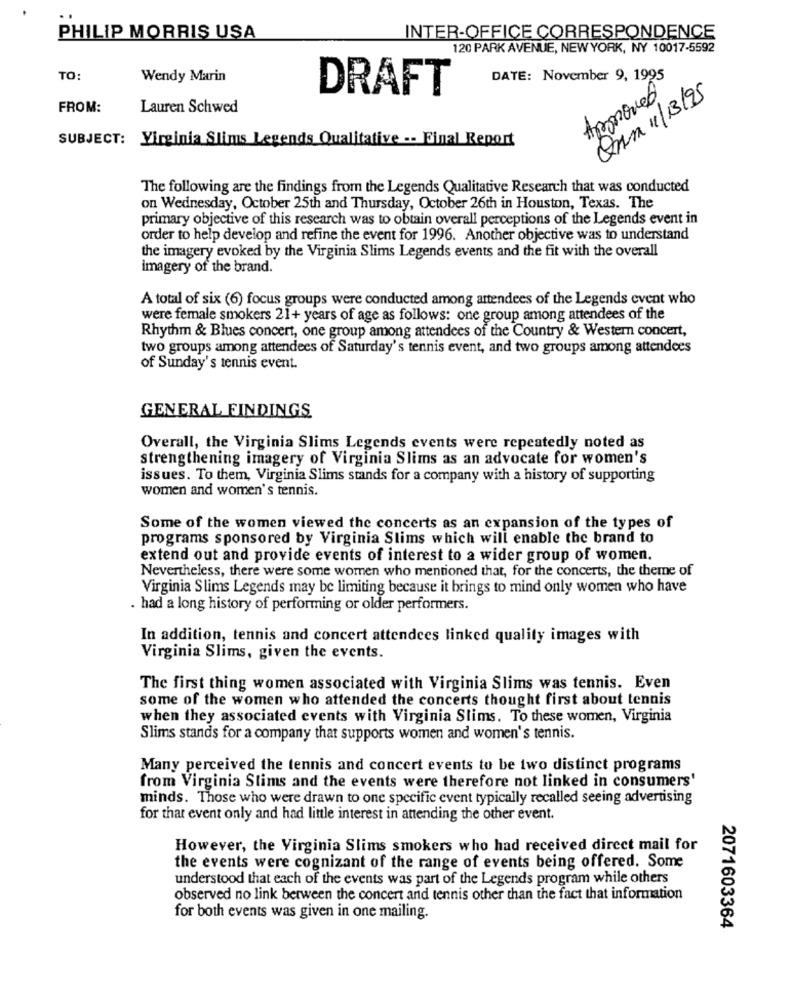
PHILIP MORRIS USA
INTER-OFFICE CORRESPONDENCE
120 PARK AVENUE, NEW YORK, NY 10017-5592
TO
Wendy Marin
DATE: November 9, 1995
Approved
DRAFT
Quin 11/13/95
FROM:
Lauren Schwed
SUBJECT: Virginia Slims Legends Qualitative -- Final Report
The following are the findings from the Legends Qualitative Research that was conducted
on Wednesday, October 25th and Thursday, October 26th in Houston, Texas. The
primary objective of this research was to obtain overall perceptions of the Legends event in
order to help develop and refine the event for 1996. Another objective was to understand
the imagery evoked by the Virginia Slims Legends events and the fit with the overall
imagery of the brand.
A total of six (6) focus groups were conducted among attendees of the Legends event who
were female smokers 21+ years of age as follows: one group among attendees of the
Rhythm & Blues concert, one group among attendees of the Country & Western concert,
two groups among attendees of Saturday's tennis event, and two groups among attendees
of Sunday's tennis event.
GENERAL FINDINGS
Overall, the Virginia Slims Legends events were repeatedly noted as
strengthening imagery of Virginia Slims as an advocate for women's
issues. To them, Virginia Slims stands for a company with a history of supporting
women and women's tennis.
Some of the women viewed the concerts as an expansion of the types of
programs sponsored by Virginia Slims which will enable the brand to
extend out and provide events of interest to a wider group of women.
Nevertheless, there were some women who mentioned that, for the concerts, the theme of
Virginia Slims Legends may be limiting because it brings to mind only women who have
. had a long history of performing or older performers.
In addition, tennis and concert attendees linked quality images with
Virginia Slims, given the events.
The first thing women associated with Virginia Slims was tennis. Even
some of the women who attended the concerts thought first about tennis
when they associated events with Virginia Slims. To these women, Virginia
Slims stands for a company that supports women and women's tennis.
Many perceived the tennis and concert events to be two distinct programs
from Virginia Slims and the events were therefore not linked in consumers'
minds. Those who were drawn to one specific event typically recalled seeing advertising
for that event only and had little interest in attending the other event.
However, the Virginia Slims smokers who had received direct mail for
the events were cognizant of the range of events being offered. Some
understood that each of the events was part of the Legends program while others
observed no link between the concert and tennis other than the fact that information
for both events was given in one mailing.
2071603364